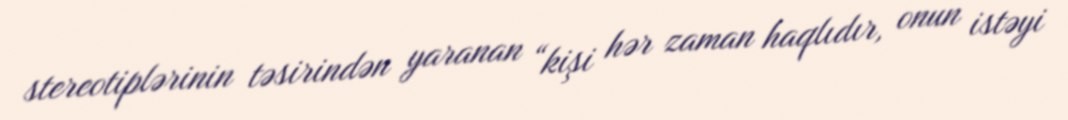
stereotiplərinin təsirindən yaranan “kişi hər zaman haqlıdır, onun istəyi